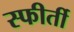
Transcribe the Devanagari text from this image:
स्फीर्ती